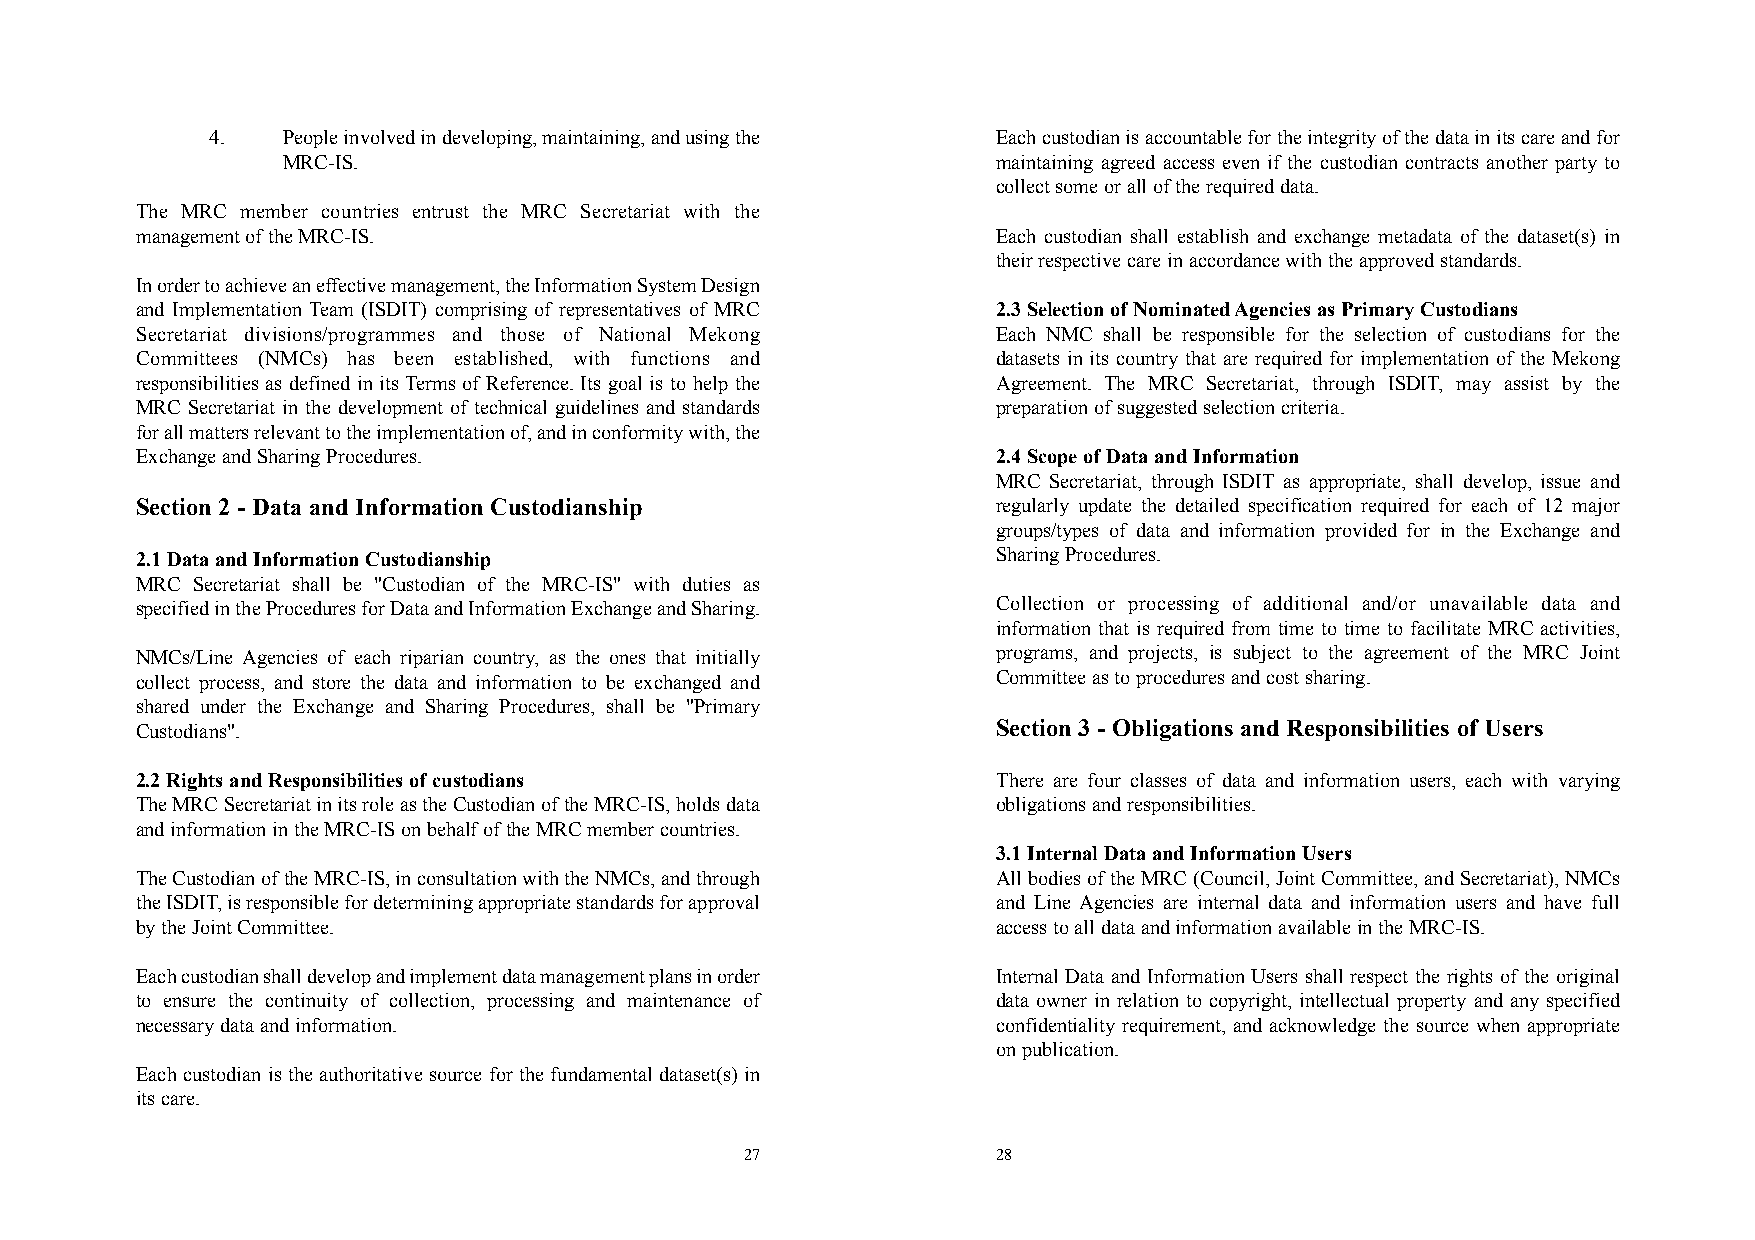
4.   People involved in developing, maintaining, and using the Each custodian is accountable for the integrity of the data in its care and for
 MRC-IS.                                        maintaining agreed access even if the custodian contracts another party to
 collect some or all of the required data.
 The MRC member countries entrust the MRC Secretariat with the
 management of the MRC-IS.                                Each custodian shall establish and exchange metadata of the dataset(s) in
 their respective care in accordance with the approved standards.
 In order to achieve an effective management, the Information System Design
 and Implementation Team (ISDIT) comprising of representatives of MRC 2.3 Selection of Nominated Agencies as Primary Custodians
 Secretariat divisions/programmes and those of National Mekong Each NMC shall be responsible for the selection of custodians for the
 Committees (NMCs) has been established, with functions and datasets in its country that are required for implementation of the Mekong
 responsibilities as defined in its Terms of Reference. Its goal is to help the Agreement. The MRC Secretariat, through ISDIT, may assist by the
 MRC Secretariat in the development of technical guidelines and standards preparation of suggested selection criteria.
 for all matters relevant to the implementation of, and in conformity with, the
 Exchange and Sharing Procedures.                         2.4 Scope of Data and Information
 MRC Secretariat, through ISDIT as appropriate, shall develop, issue and
 Section 2 - Data and Information Custodianship           regularly update the detailed specification required for each of 12 major
 groups/types of data and information provided for in the Exchange and
 2.1 Data and Information Custodianship                   Sharing Procedures.
 MRC Secretariat shall be "Custodian of the MRC-IS" with duties as
 specified in the Procedures for Data and Information Exchange and Sharing. Collection or processing of additional and/or unavailable data and
 information that is required from time to time to facilitate MRC activities,
 NMCs/Line Agencies of each riparian country, as the ones that initially programs, and projects, is subject to the agreement of the MRC Joint
 collect process, and store the data and information to be exchanged and Committee as to procedures and cost sharing.
 shared under the Exchange and Sharing Procedures, shall be "Primary
 Custodians".                                             Section 3 - Obligations and Responsibilities of Users
 2.2 Rights and Responsibilities of custodians            There are four classes of data and information users, each with varying
 The MRC Secretariat in its role as the Custodian of the MRC-IS, holds data obligations and responsibilities.
 and information in the MRC-IS on behalf of the MRC member countries.
 3.1 Internal Data and Information Users
 The Custodian of the MRC-IS, in consultation with the NMCs, and through All bodies of the MRC (Council, Joint Committee, and Secretariat), NMCs
 the ISDIT, is responsible for determining appropriate standards for approval and Line Agencies are internal data and information users and have full
 by the Joint Committee.                                  access to all data and information available in the MRC-IS.
 Each custodian shall develop and implement data management plans in order Internal Data and Information Users shall respect the rights of the original
 to ensure the continuity of collection, processing and maintenance of data owner in relation to copyright, intellectual property and any specified
 necessary data and information.                          confidentiality requirement, and acknowledge the source when appropriate
 on publication.
 Each custodian is the authoritative source for the fundamental dataset(s) in
 its care.
 27               28